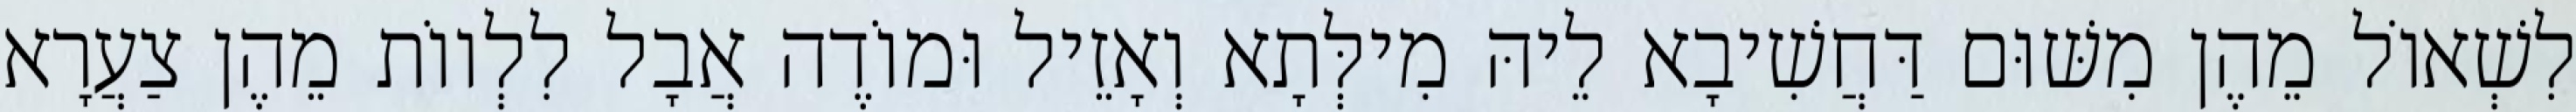
לִשְׁאוֹל מֵהֶן מִשּׁוּם דַּחֲשִׁיבָא לֵיהּ מִילְּתָא וְאָזֵיל וּמוֹדֶה אֲבָל לִלְווֹת מֵהֶן צַעֲרָא